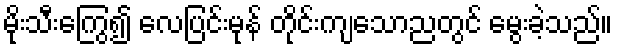
မိုးသီးကြွေ၍ လေပြင်းမုန် တိုင်းကျသောညတွင် မွေးခဲ့သည်။